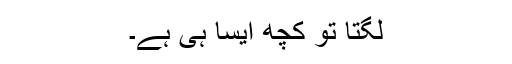
لگتا تو کچھ ایسا ہی ہے۔